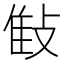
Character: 𢽝